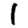
Digit: 1